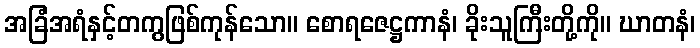
အခြံအရံနှင့်တကွဖြစ်ကုန်သော။ စောရဇေဋ္ဌကာနံ၊ ခိုးသူကြီးတို့ကို။ ဃာတနံ၊